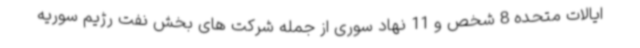
ایالات متحده 8 شخص و 11 نهاد سوری از جمله شرکت های بخش نفت رژیم سوریه